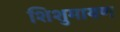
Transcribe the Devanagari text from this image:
शिशुमायण